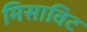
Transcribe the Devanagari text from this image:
मिसाविट